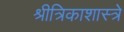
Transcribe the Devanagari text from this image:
श्रीत्रिकाशास्त्रे